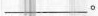
___。